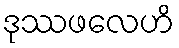
ဒုဿဖလေဟိ